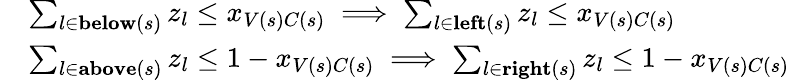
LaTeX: \begin{array}{rl}&{\sum_{l\in\textbf{below}(s)}z_{l}\leq x_{V(s)C(s)}\implies\sum_{l\in\textbf{left}(s)}z_{l}\leq x_{V(s)C(s)}}\\ &{\sum_{l\in\textbf{above}(s)}z_{l}\leq 1-x_{V(s)C(s)}\implies\sum_{l\in\textbf{right}(s)}z_{l}\leq 1-x_{V(s)C(s)}}\end{array}